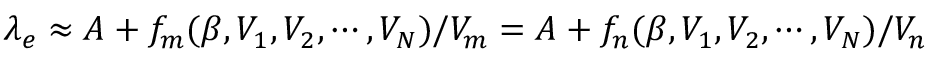
\lambda _ { e } \approx A + f _ { m } ( \beta , V _ { 1 } , V _ { 2 } , \cdots , V _ { N } ) / V _ { m } = A + f _ { n } ( \beta , V _ { 1 } , V _ { 2 } , \cdots , V _ { N } ) / V _ { n }